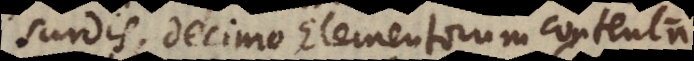
surdis, decimo Elementorum contenta